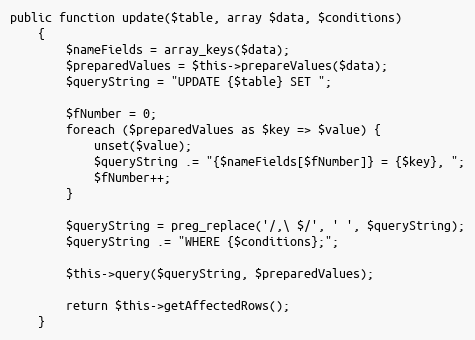
Language: PHP
public function update($table, array $data, $conditions)
    {
        $nameFields = array_keys($data);
        $preparedValues = $this->prepareValues($data);
        $queryString = "UPDATE {$table} SET ";

        $fNumber = 0;
        foreach ($preparedValues as $key => $value) {
            unset($value);
            $queryString .= "{$nameFields[$fNumber]} = {$key}, ";
            $fNumber++;
        }

        $queryString = preg_replace('/,\ $/', ' ', $queryString);
        $queryString .= "WHERE {$conditions};";

        $this->query($queryString, $preparedValues);

        return $this->getAffectedRows();
    }